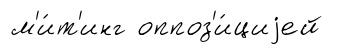
м'и́т'инг оппоз'и́циjей